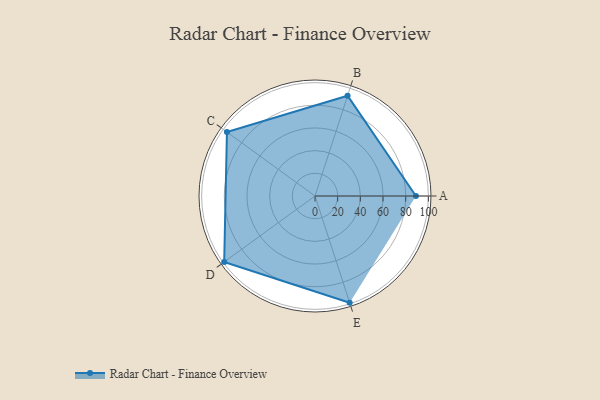
{"axis": {"x": "Skill", "y": "Score"}, "legend": ["Profile"], "data": [{"x": "A", "y": 89.0, "type": "Profile"}, {"x": "B", "y": 93.0, "type": "Profile"}, {"x": "C", "y": 96.0, "type": "Profile"}, {"x": "D", "y": 99, "type": "Profile"}, {"x": "E", "y": 99, "type": "Profile"}]}